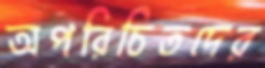
অপরিচিতদের